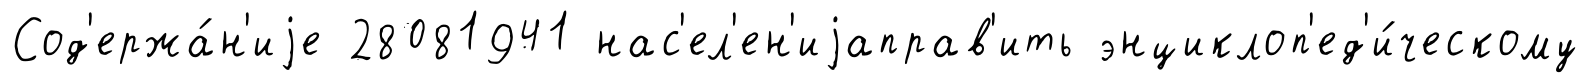
Сод'ержа́н'иjе 28081941 нас'ел'ен'иjаправ'ить энциклоп'ед'и́ческому